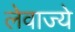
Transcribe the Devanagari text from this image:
लेवाज्ये